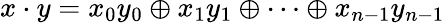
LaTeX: x\cdot y=x_{0}y_{0}\oplus x_{1}y_{1}\oplus\cdots\oplus x_{n-1}y_{n-1}